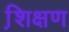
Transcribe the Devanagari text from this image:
शि़क्षण